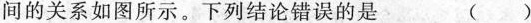
间的关系如图所示。下列结论错误的是 ( )